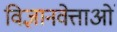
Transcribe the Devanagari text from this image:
विज्ञानवेत्ताओं